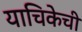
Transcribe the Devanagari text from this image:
याचिकेची